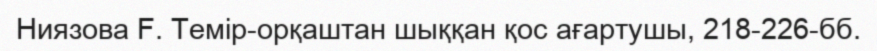
Ниязова F. Темір-орқаштан шыққан қос ағартушы, 218-226-бб.